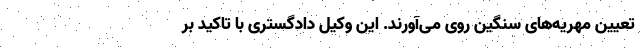
تعیین مهریه‌های سنگین روی می‌آورند. این وکیل دادگستری با تاکید بر